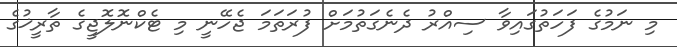
މި ނަމުގެ ފަހަތުގައިވާ ސިއްރު ދެނެގަތުމަށް ފުރަތަމަ ޖެހޭނީ މި ޓެކްނޮލޮޖީގެ ތާރީޚުގެ